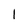
Character: 1